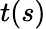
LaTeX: t(s)